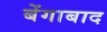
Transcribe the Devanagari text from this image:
बेंगाबाद